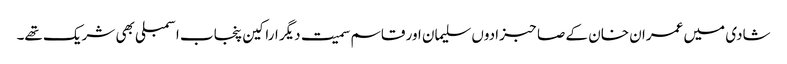
شادی میں عمران خان کے صاحبزادوں سلیمان اور قاسم سمیت دیگر اراکین پنجاب اسمبلی بھی شریک تھے۔